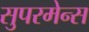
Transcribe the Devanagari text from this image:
सुपरमेन्स